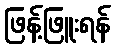
ဖြန့်ဖြူးရန်